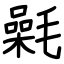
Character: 氉